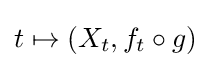
t\mapsto (X_{t},f_{t}\circ g)